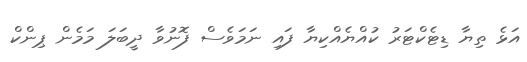
އަޅެ ތިޔާ ޑިޓެކްޓަރު ކުއްޔެއްކިޔާ ފައި ނަމަވެސް ފޮނުވާ ދީބަލަ މަމެން ޕިންކް